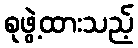
စုဖွဲ့ထားသည့်